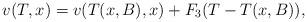
LaTeX: \begin{align*}v(T,x)=v(T(x,B),x)+F_{3}(T-T(x,B)),\end{align*}